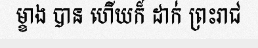
ម្ខាង បាន ហើយក៏ ដាក់ ព្រះរាជ